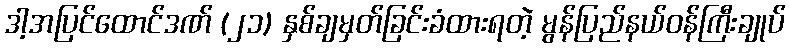
ဒါ့အပြင်ထောင်ဒဏ် (၂၁) နှစ်ချမှတ်ခြင်းခံထားရတဲ့ မွန်ပြည်နယ်ဝန်ကြီးချုပ်